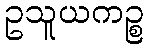
ဥသူယကဉ္စ